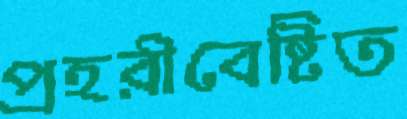
প্রহরীবেষ্টিত